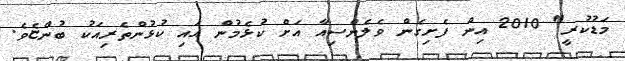
މަޑުކުރީ" 2010 އިން ފެށިގެން ވެލެންސިއާ އަށް ކުޅެމުން އައި ކުޅުންތެރިއަކު ބުންޏެވެ.